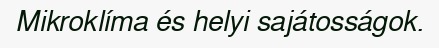
Mikroklíma és helyi sajátosságok.